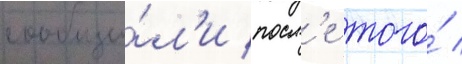
сообщи́л'и посл'е того́ /